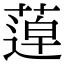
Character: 𦹢